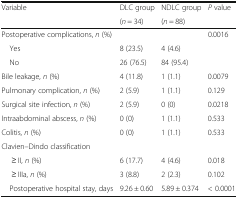
<table><thead><tr><td rowspan="2"><b>Variable</b></td><td><b>DLC group</b></td><td><b>NDLC group</b></td><td rowspan="2"><b><i>P</i> value</b></td></tr><tr><td><b>(<i>n</i> = 34)</b></td><td><b>(<i>n</i> = 88)</b></td></tr></thead><tbody><tr><td>Postoperative complications, <i>n</i> (%)</td><td></td><td></td><td>0.0016</td></tr><tr><td> Yes</td><td>8 (23.5)</td><td>4 (4.6)</td><td></td></tr><tr><td> No</td><td>26 (76.5)</td><td>84 (95.4)</td><td></td></tr><tr><td>Bile leakage, <i>n</i> (%)</td><td>4 (11.8)</td><td>1 (1.1)</td><td>0.0079</td></tr><tr><td>Pulmonary complication, <i>n</i> (%)</td><td>2 (5.9)</td><td>1 (1.1)</td><td>0.129</td></tr><tr><td>Surgical site infection, <i>n</i> (%)</td><td>2 (5.9)</td><td>0 (0)</td><td>0.0218</td></tr><tr><td>Intraabdominal abscess, <i>n</i> (%)</td><td>0 (0)</td><td>1 (1.1)</td><td>0.533</td></tr><tr><td>Colitis, <i>n</i> (%)</td><td>0 (0)</td><td>1 (1.1)</td><td>0.533</td></tr><tr><td colspan="4">Clavien–Dindo classification</td></tr><tr><td>≥ II, <i>n</i> (%)</td><td>6 (17.7)</td><td>4 (4.6)</td><td>0.018</td></tr><tr><td>≥ IIIa, <i>n</i> (%)</td><td>3 (8.8)</td><td>2 (2.3)</td><td>0.102</td></tr><tr><td> Postoperative hospital stay, days</td><td>9.26 ± 0.60</td><td>5.89 ± 0.374</td><td>&lt; 0.0001</td></tr></tbody></table>